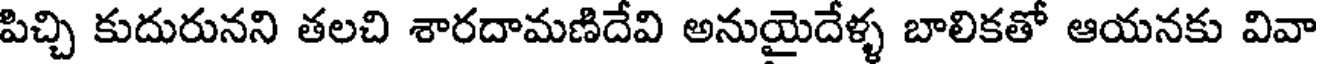
పిచ్చి కుదురునని తలచి శారదామణిదేవి అనుయైదేళ్ళ బాలికతో ఆయనకు వివా